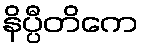
နိပ္ပီတိကေ